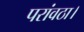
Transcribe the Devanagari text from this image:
परांवठा।